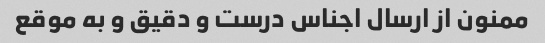
ممنون از ارسال اجناس درست و دقیق و به موقع